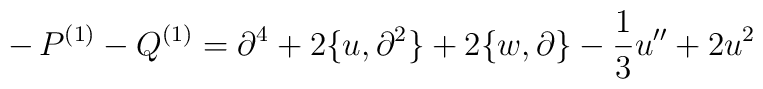
-\,P^{(1)} - Q^{(1)} = \partial^4 + 2 \{u,\partial^2 \} + 2 \{w , \partial \} - \frac{1}{3} u'' + 2 u^2